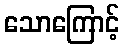
သောကြောင့်